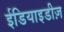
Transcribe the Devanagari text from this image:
ईडियाइडीज़